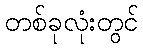
တစ်ခုလုံးတွင်